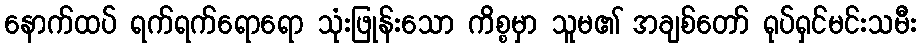
နောက်ထပ် ရက်ရက်ရောရော သုံးဖြုန်းသော ကိစ္စမှာ သူမ၏ အချစ်တော် ရုပ်ရှင်မင်းသမီး